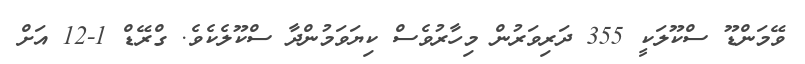
ވޭމަންޑޫ ސްކޫލަކީ 355 ދަރިވަރުން މިހާރުވެސް ކިޔަވަމުންދާ ސްކޫލެކެވެ. ގްރޭޑް 1-12 އަށް